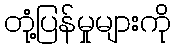
တုံ့ပြန်မှုများကို